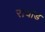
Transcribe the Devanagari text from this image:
रायाड